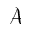
\mathscr { A }